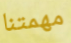
مهمتنا